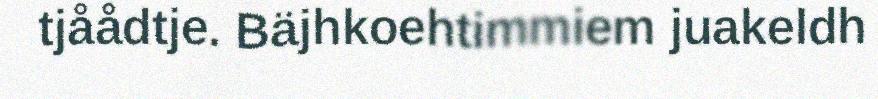
tjåådtje. Bäjhkoehtimmiem juakeldh